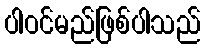
ပါဝင်မည်ဖြစ်ပါသည်